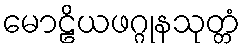
မောဠိယဖဂ္ဂုနသုတ္တံ